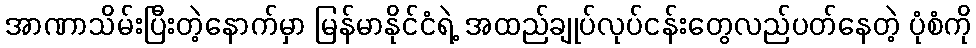
အာဏာသိမ်းပြီးတဲ့နောက်မှာ မြန်မာနိုင်ငံရဲ့ အထည်ချုပ်လုပ်ငန်းတွေလည်ပတ်နေတဲ့ ပုံစံကို